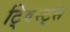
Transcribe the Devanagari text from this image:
ट्विस्ट्स